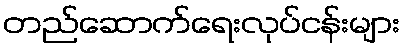
တည်ဆောက်ရေးလုပ်ငန်းများ